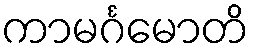
ကာမင်္ဂမောတိ